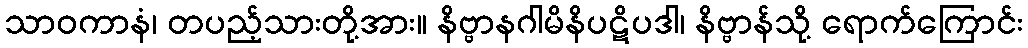
သာဝကာနံ၊ တပည့်သားတို့အား။ နိဗ္ဗာနဂါမိနိပဋိပဒါ၊ နိဗ္ဗာန်သို့ ရောက်ကြောင်း